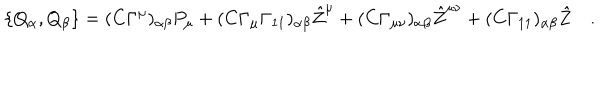
LaTeX: \{ Q _ { \alpha } , Q _ { \beta } \} = ( C \Gamma ^ { \mu } ) _ { \alpha \beta } P _ { \mu } + ( C \Gamma _ { \mu } \Gamma _ { 1 1 } ) _ { \alpha \beta } { \hat { Z } } ^ { \mu } + ( C \Gamma _ { \mu \nu } ) _ { \alpha \beta } { \hat { Z } } ^ { \mu \nu } + ( C \Gamma _ { 1 1 } ) _ { \alpha \beta } { \hat { Z } } \quad .